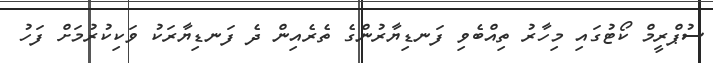
ސުޕްރީމް ކޯޓުގައި މިހާރު ތިއްބެވި ފަނޑިޔާރުންގެ ތެރެއިން ދެ ފަނޑިޔާރަކު ވަކިކުރުމަށް ފަހު